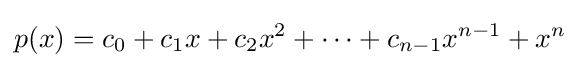
p(x)=c_{0}+c_{1}x+c_{2}x^{2}+\cdots +c_{n-1}x^{n-1}+x^{n}